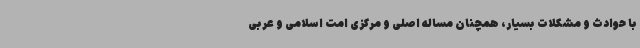
با حوادث و مشکلات بسیار، همچنان مساله اصلی و مرکزی امت اسلامی و عربی